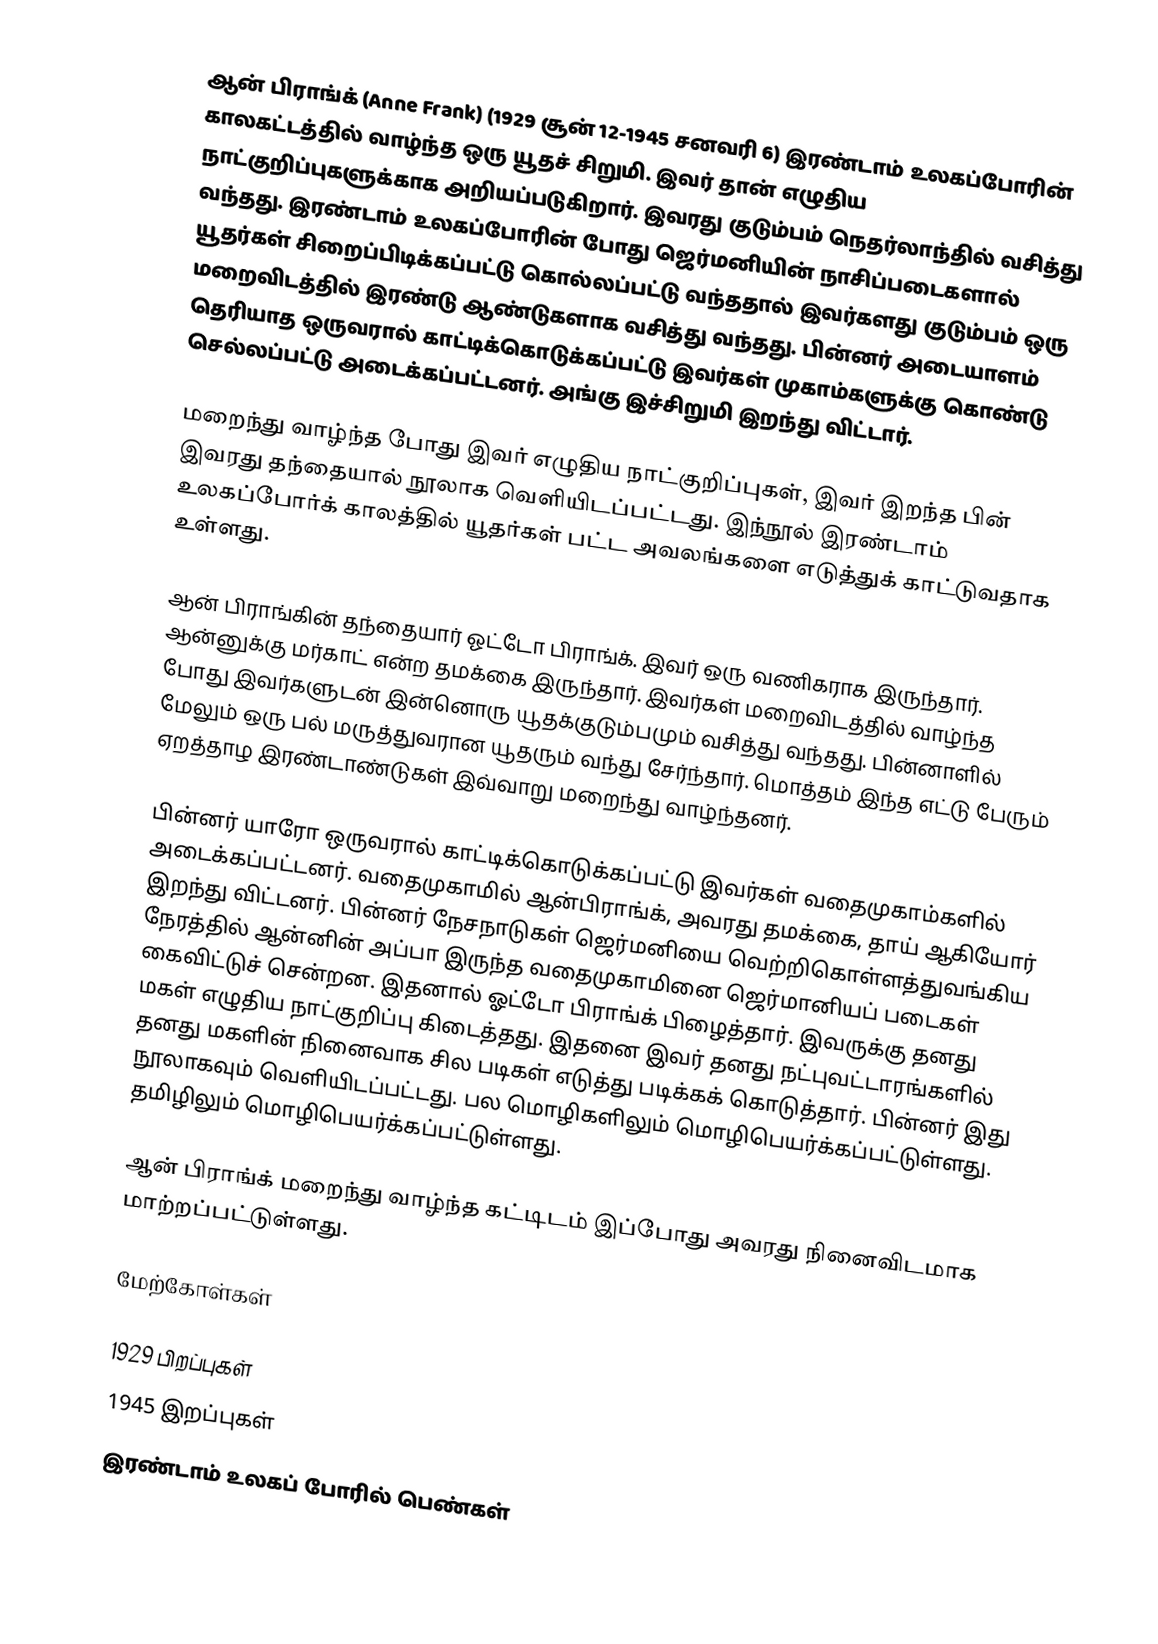
ஆன் பிராங்க் (Anne Frank) (1929 சூன் 12-1945 சனவரி 6) இரண்டாம் உலகப்போரின் காலகட்டத்தில் வாழ்ந்த ஒரு யூதச் சிறுமி. இவர் தான் எழுதிய நாட்குறிப்புகளுக்காக அறியப்படுகிறார். இவரது குடும்பம் நெதர்லாந்தில் வசித்து வந்தது. இரண்டாம் உலகப்போரின் போது ஜெர்மனியின் நாசிப்படைகளால் யூதர்கள் சிறைப்பிடிக்கப்பட்டு கொல்லப்பட்டு வந்ததால் இவர்களது குடும்பம் ஒரு மறைவிடத்தில் இரண்டு ஆண்டுகளாக வசித்து வந்தது. பின்னர் அடையாளம் தெரியாத ஒருவரால் காட்டிக்கொடுக்கப்பட்டு இவர்கள் முகாம்களுக்கு கொண்டு செல்லப்பட்டு அடைக்கப்பட்டனர். அங்கு இச்சிறுமி இறந்து விட்டார்.

மறைந்து வாழ்ந்த போது இவர் எழுதிய நாட்குறிப்புகள், இவர் இறந்த பின் இவரது தந்தையால் நூலாக வெளியிடப்பட்டது. இந்நூல் இரண்டாம் உலகப்போர்க் காலத்தில் யூதர்கள் பட்ட அவலங்களை எடுத்துக் காட்டுவதாக உள்ளது.

ஆன் பிராங்கின் தந்தையார் ஓட்டோ பிராங்க். இவர் ஒரு வணிகராக இருந்தார். ஆன்னுக்கு மர்காட் என்ற தமக்கை இருந்தார். இவர்கள் மறைவிடத்தில் வாழ்ந்த போது இவர்களுடன் இன்னொரு யூதக்குடும்பமும் வசித்து வந்தது. பின்னாளில் மேலும் ஒரு பல் மருத்துவரான யூதரும் வந்து சேர்ந்தார். மொத்தம் இந்த எட்டு பேரும் ஏறத்தாழ இரண்டாண்டுகள் இவ்வாறு மறைந்து வாழ்ந்தனர்.

பின்னர் யாரோ ஒருவரால் காட்டிக்கொடுக்கப்பட்டு இவர்கள் வதைமுகாம்களில் அடைக்கப்பட்டனர். வதைமுகாமில் ஆன்பிராங்க், அவரது தமக்கை, தாய் ஆகியோர் இறந்து விட்டனர். பின்னர் நேசநாடுகள் ஜெர்மனியை வெற்றிகொள்ளத்துவங்கிய நேரத்தில் ஆன்னின் அப்பா இருந்த வதைமுகாமினை ஜெர்மானியப் படைகள் கைவிட்டுச் சென்றன. இதனால் ஓட்டோ பிராங்க் பிழைத்தார். இவருக்கு தனது மகள் எழுதிய நாட்குறிப்பு கிடைத்தது. இதனை இவர் தனது நட்புவட்டாரங்களில் தனது மகளின் நினைவாக சில படிகள் எடுத்து படிக்கக் கொடுத்தார். பின்னர் இது நூலாகவும் வெளியிடப்பட்டது. பல மொழிகளிலும் மொழிபெயர்க்கப்பட்டுள்ளது. தமிழிலும் மொழிபெயர்க்கப்பட்டுள்ளது.

ஆன் பிராங்க் மறைந்து வாழ்ந்த கட்டிடம் இப்போது அவரது நினைவிடமாக மாற்றப்பட்டுள்ளது.

மேற்கோள்கள்

1929 பிறப்புகள்
1945 இறப்புகள்
இரண்டாம் உலகப் போரில் பெண்கள்